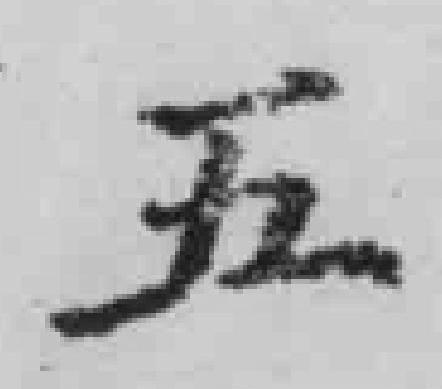
五